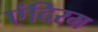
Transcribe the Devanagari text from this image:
एंदिरम